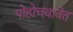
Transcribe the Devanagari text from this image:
पोहोचवावेत